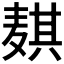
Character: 𬹊